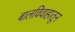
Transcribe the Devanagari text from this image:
बालविवाहातून